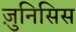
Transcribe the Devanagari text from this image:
ज़ुनिसिस